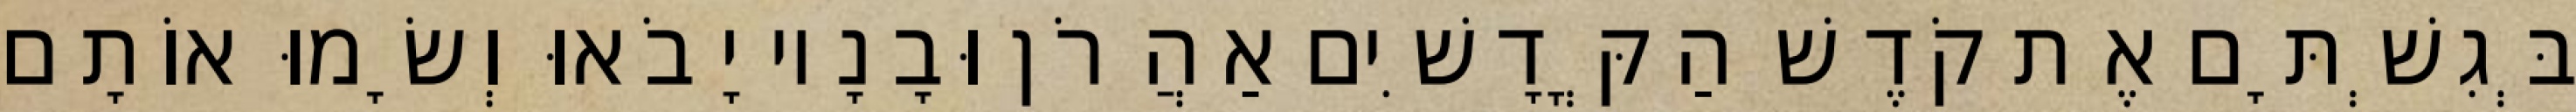
בְּגִשְׁתָּם אֶת קֹדֶשׁ הַקֳּדָשִׁים אַהֲרֹן וּבָנָיו יָבֹאוּ וְשָׂמוּ אוֹתָם